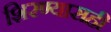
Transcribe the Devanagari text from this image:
शिरण्यासही